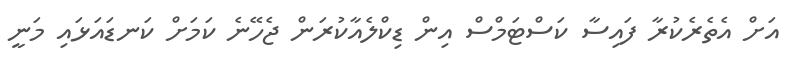
އަށް އެތެރެކުރާ ފައިސާ ކަސްޓަމްސް އިން ޑިކްލެއާކުރަން ޖެހޭނެ ކަމަށް ކަނޑައަޅައި މަނީ